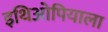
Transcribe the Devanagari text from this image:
इथिओपियाला